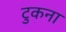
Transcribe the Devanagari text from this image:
टुकना